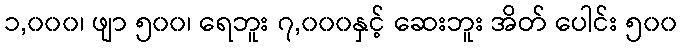
၁,၀၀၀၊ ဖျာ ၅၀၀၊ ရေဘူး ၇,၀၀၀နှင့် ဆေးဘူး အိတ် ပေါင်း ၅၀၀